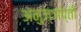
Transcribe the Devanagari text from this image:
अनुज्ञप्ती